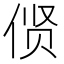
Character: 𫢲